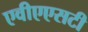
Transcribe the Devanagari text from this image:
एवीएएसटी